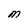
Character: M